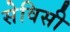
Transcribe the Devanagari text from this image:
सेविसी